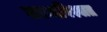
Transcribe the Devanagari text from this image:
काव्यविश्वात